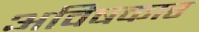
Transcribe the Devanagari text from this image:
अविषकार